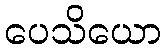
ပေသိယော